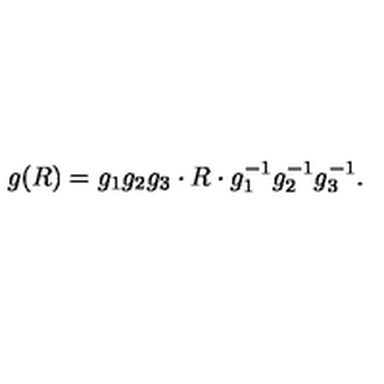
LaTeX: g ( R ) = g _ { 1 } g _ { 2 } g _ { 3 } \cdot R \cdot g _ { 1 } ^ { - 1 } g _ { 2 } ^ { - 1 } g _ { 3 } ^ { - 1 } .